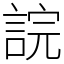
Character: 𧨎